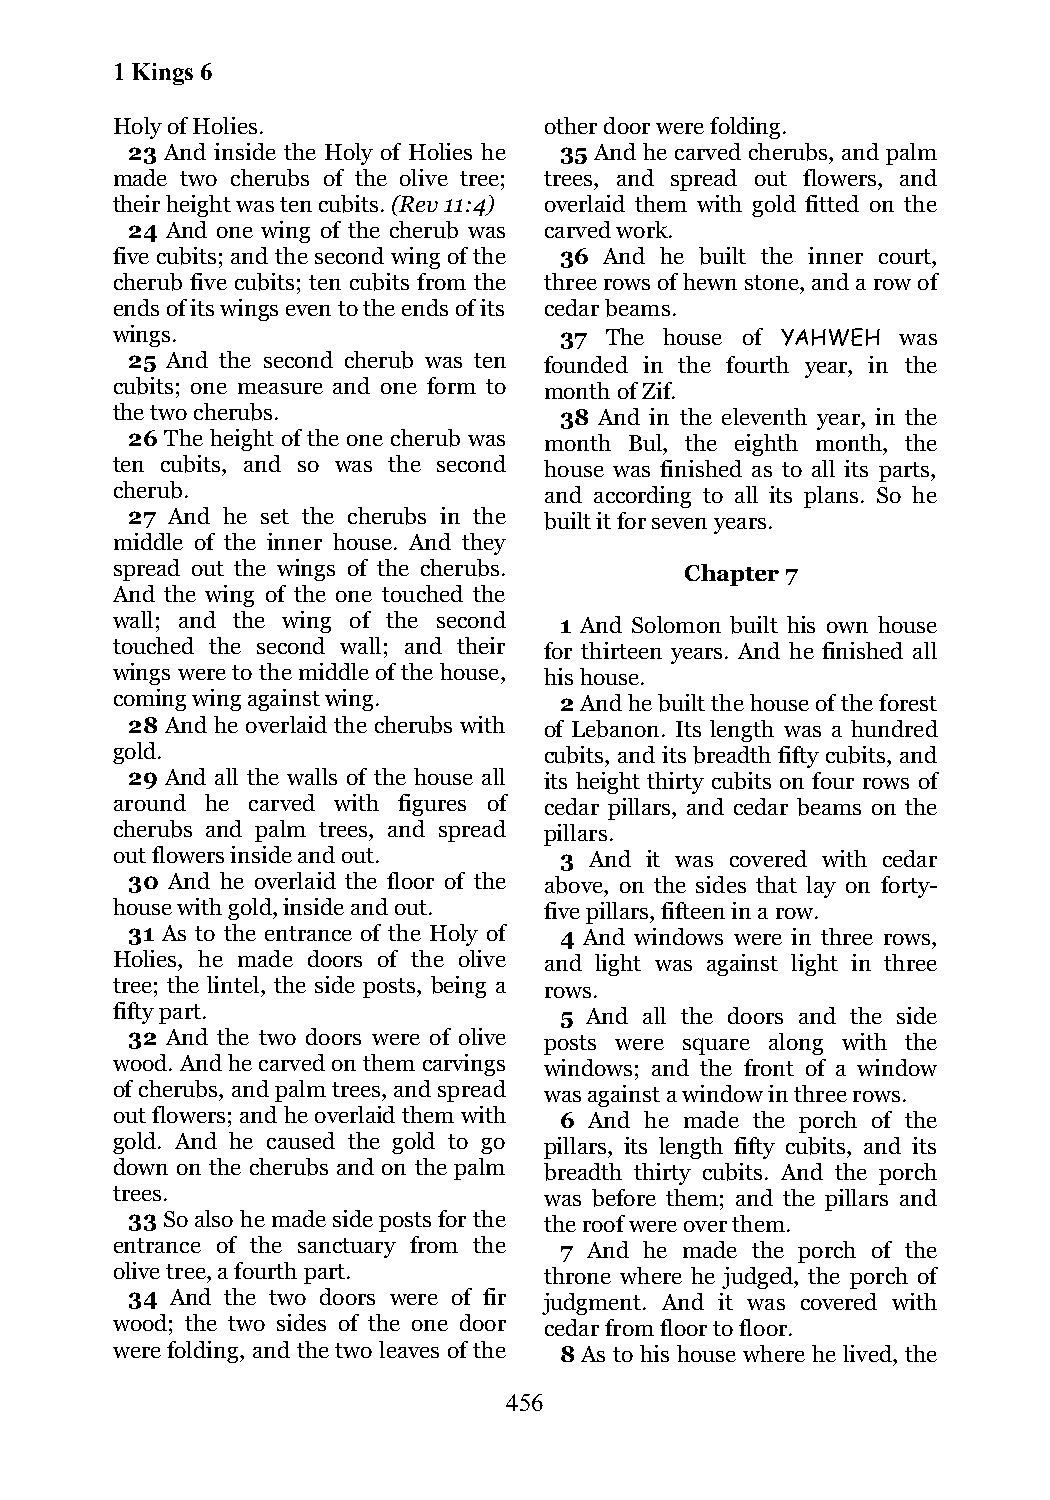
1 Kings 6
 Holy of Holies.              other door were folding.
 23 And inside the Holy of Holies he 35 And he carved cherubs, and palm
 made two cherubs of the olive tree; trees, and spread out flowers, and
 their height was ten cubits. (Rev 11:4) overlaid them with gold fitted on the
 24 And one wing of the cherub was carved work.
 five cubits; and the second wing of the 36 And he built the inner court,
 cherub five cubits; ten cubits from the three rows of hewn stone, and a row of
 ends of its wings even to the ends of its cedar beams.
 wings.                        37 The house of YAHWEH was
 25 And the second cherub was ten founded in the fourth year, in the
 cubits; one measure and one form to month of Zif.
 the two cherubs.              38 And in the eleventh year, in the
 26 The height of the one cherub was month Bul, the eighth month, the
 ten cubits, and so was the second house was finished as to all its parts,
 cherub.                      and according to all its plans. So he
 27 And he set the cherubs in the built it for seven years.
 middle of the inner house. And they
 spread out the wings of the cherubs.  Chapter 7
 And the wing of the one touched the
 wall; and the wing of the second 1 And Solomon built his own house
 touched the second wall; and their for thirteen years. And he finished all
 wings were to the middle of the house, his house.
 coming wing against wing.     2 And he built the house of the forest
 28 And he overlaid the cherubs with of Lebanon. Its length was a hundred
 gold.                        cubits, and its breadth fifty cubits, and
 29 And all the walls of the house all its height thirty cubits on four rows of
 around he carved with figures of cedar pillars, and cedar beams on the
 cherubs and palm trees, and spread pillars.
 out flowers inside and out.   3 And it was covered with cedar
 30 And he overlaid the floor of the above, on the sides that lay on forty-
 house with gold, inside and out. five pillars, fifteen in a row.
 31 As to the entrance of the Holy of 4 And windows were in three rows,
 Holies, he made doors of the olive and light was against light in three
 tree; the lintel, the side posts, being a rows.
 fifty part.                   5 And all the doors and the side
 32 And the two doors were of olive posts were square along with the
 wood. And he carved on them carvings windows; and the front of a window
 of cherubs, and palm trees, and spread was against a window in three rows.
 out flowers; and he overlaid them with 6 And he made the porch of the
 gold. And he caused the gold to go pillars, its length fifty cubits, and its
 down on the cherubs and on the palm breadth thirty cubits. And the porch
 trees.                       was before them; and the pillars and
 33 So also he made side posts for the the roof were over them.
 entrance of the sanctuary from the 7 And he made the porch of the
 olive tree, a fourth part.   throne where he judged, the porch of
 34 And the two doors were of fir judgment. And it was covered with
 wood; the two sides of the one door cedar from floor to floor.
 were folding, and the two leaves of the 8 As to his house where he lived, the
 456